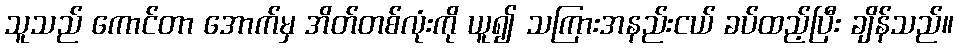
သူသည် ကောင်တာ အောက်မှ အိတ်တစ်လုံးကို ယူ၍ သကြားအနည်းငယ် ခပ်ထည့်ပြီး ချိန်သည်။